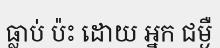
ធ្លាប់ ប៉ះ ដោយ អ្នក ជម្ងឺ